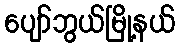
ပျော်ဘွယ်မြို့နယ်